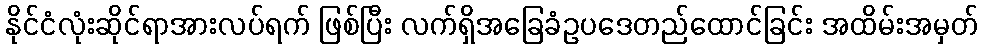
နိုင်ငံလုံးဆိုင်ရာအားလပ်ရက် ဖြစ်ပြီး လက်ရှိအခြေခံဥပဒေတည်ထောင်ခြင်း အထိမ်းအမှတ်